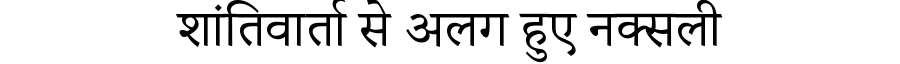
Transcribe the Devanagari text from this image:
शांतिवार्ता से अलग हुए नक्सली